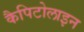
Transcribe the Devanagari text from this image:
कैपिटोलाइन